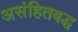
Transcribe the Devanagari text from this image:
असंहितबद्ध